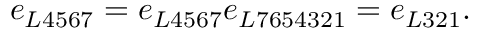
e _ { L 4 5 6 7 } = e _ { L 4 5 6 7 } e _ { L 7 6 5 4 3 2 1 } = e _ { L 3 2 1 } . \nonumber